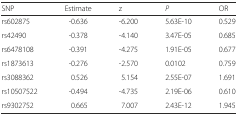
| SNP | Estimate | z | P | OR |
 | --- | --- | --- | --- | --- |
 | rs602875 | -0.636 | -6.200 | 5.63E-10 | 0.529 |
 | rs42490 | -0.378 | -4.140 | 3.47E-05 | 0.685 |
 | rs6478108 | -0.391 | -4.275 | 1.91E-05 | 0.677 |
 | rs1873613 | -0.276 | -2.570 | 0.0102 | 0.759 |
 | rs3088362 | 0.526 | 5.154 | 2.55E-07 | 1.691 |
 | rs10507522 | -0.494 | -4.735 | 2.19E-06 | 0.610 |
 | rs9302752 | 0.665 | 7.007 | 2.43E-12 | 1.945 |